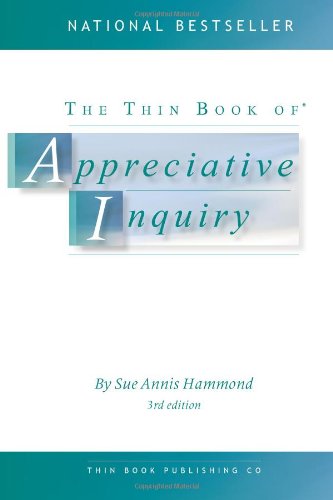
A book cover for The Thin Book of Appreciative Inquiry (3rd Edition) (Thin Book Series); Sue Annis Hammond; Science & Math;